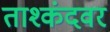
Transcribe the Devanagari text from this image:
ताश्कंदवर